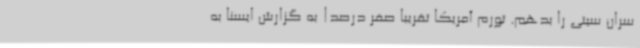
سران سیتی را بدهم. تورم آمریکا تقریبا صفر درصد! به گزارش ایسنا به